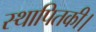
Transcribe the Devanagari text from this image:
स्थापितकी।